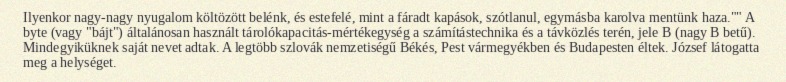
Ilyenkor nagy-nagy nyugalom költözött belénk, és estefelé, mint a fáradt kapások, szótlanul, egymásba karolva mentünk haza."" A byte (vagy "bájt") általánosan használt tárolókapacitás-mértékegység a számítástechnika és a távközlés terén, jele B (nagy B betű). Mindegyiküknek saját nevet adtak. A legtöbb szlovák nemzetiségű Békés, Pest vármegyékben és Budapesten éltek. József látogatta meg a helységet.